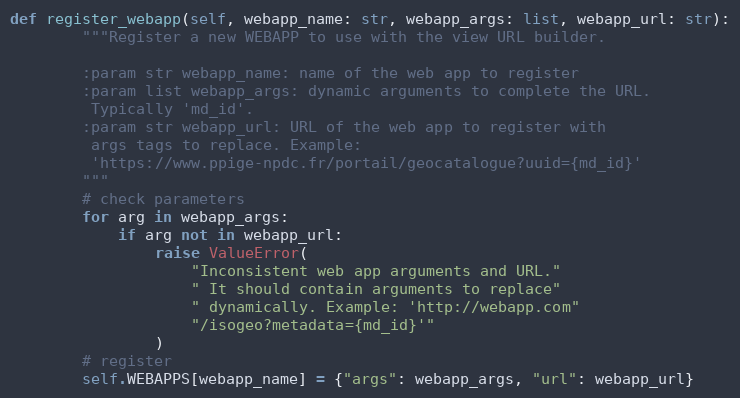
Language: Python
def register_webapp(self, webapp_name: str, webapp_args: list, webapp_url: str):
        """Register a new WEBAPP to use with the view URL builder.

        :param str webapp_name: name of the web app to register
        :param list webapp_args: dynamic arguments to complete the URL.
         Typically 'md_id'.
        :param str webapp_url: URL of the web app to register with
         args tags to replace. Example:
         'https://www.ppige-npdc.fr/portail/geocatalogue?uuid={md_id}'
        """
        # check parameters
        for arg in webapp_args:
            if arg not in webapp_url:
                raise ValueError(
                    "Inconsistent web app arguments and URL."
                    " It should contain arguments to replace"
                    " dynamically. Example: 'http://webapp.com"
                    "/isogeo?metadata={md_id}'"
                )
        # register
        self.WEBAPPS[webapp_name] = {"args": webapp_args, "url": webapp_url}